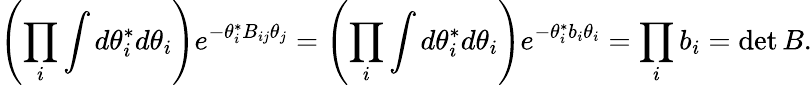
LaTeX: \left(\prod_{i}\int d\theta_{i}^{*}d\theta_{i}\right)e^{-\theta_{i}^{*}B_{ij}\theta_{j}}=\left(\prod_{i}\int d\theta_{i}^{*}d\theta_{i}\right)e^{-\theta_{i}^{*}b_{i}\theta_{i}}=\prod_{i}b_{i}=\operatorname*{det}B.